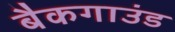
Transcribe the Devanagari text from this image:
बैकगाउंड